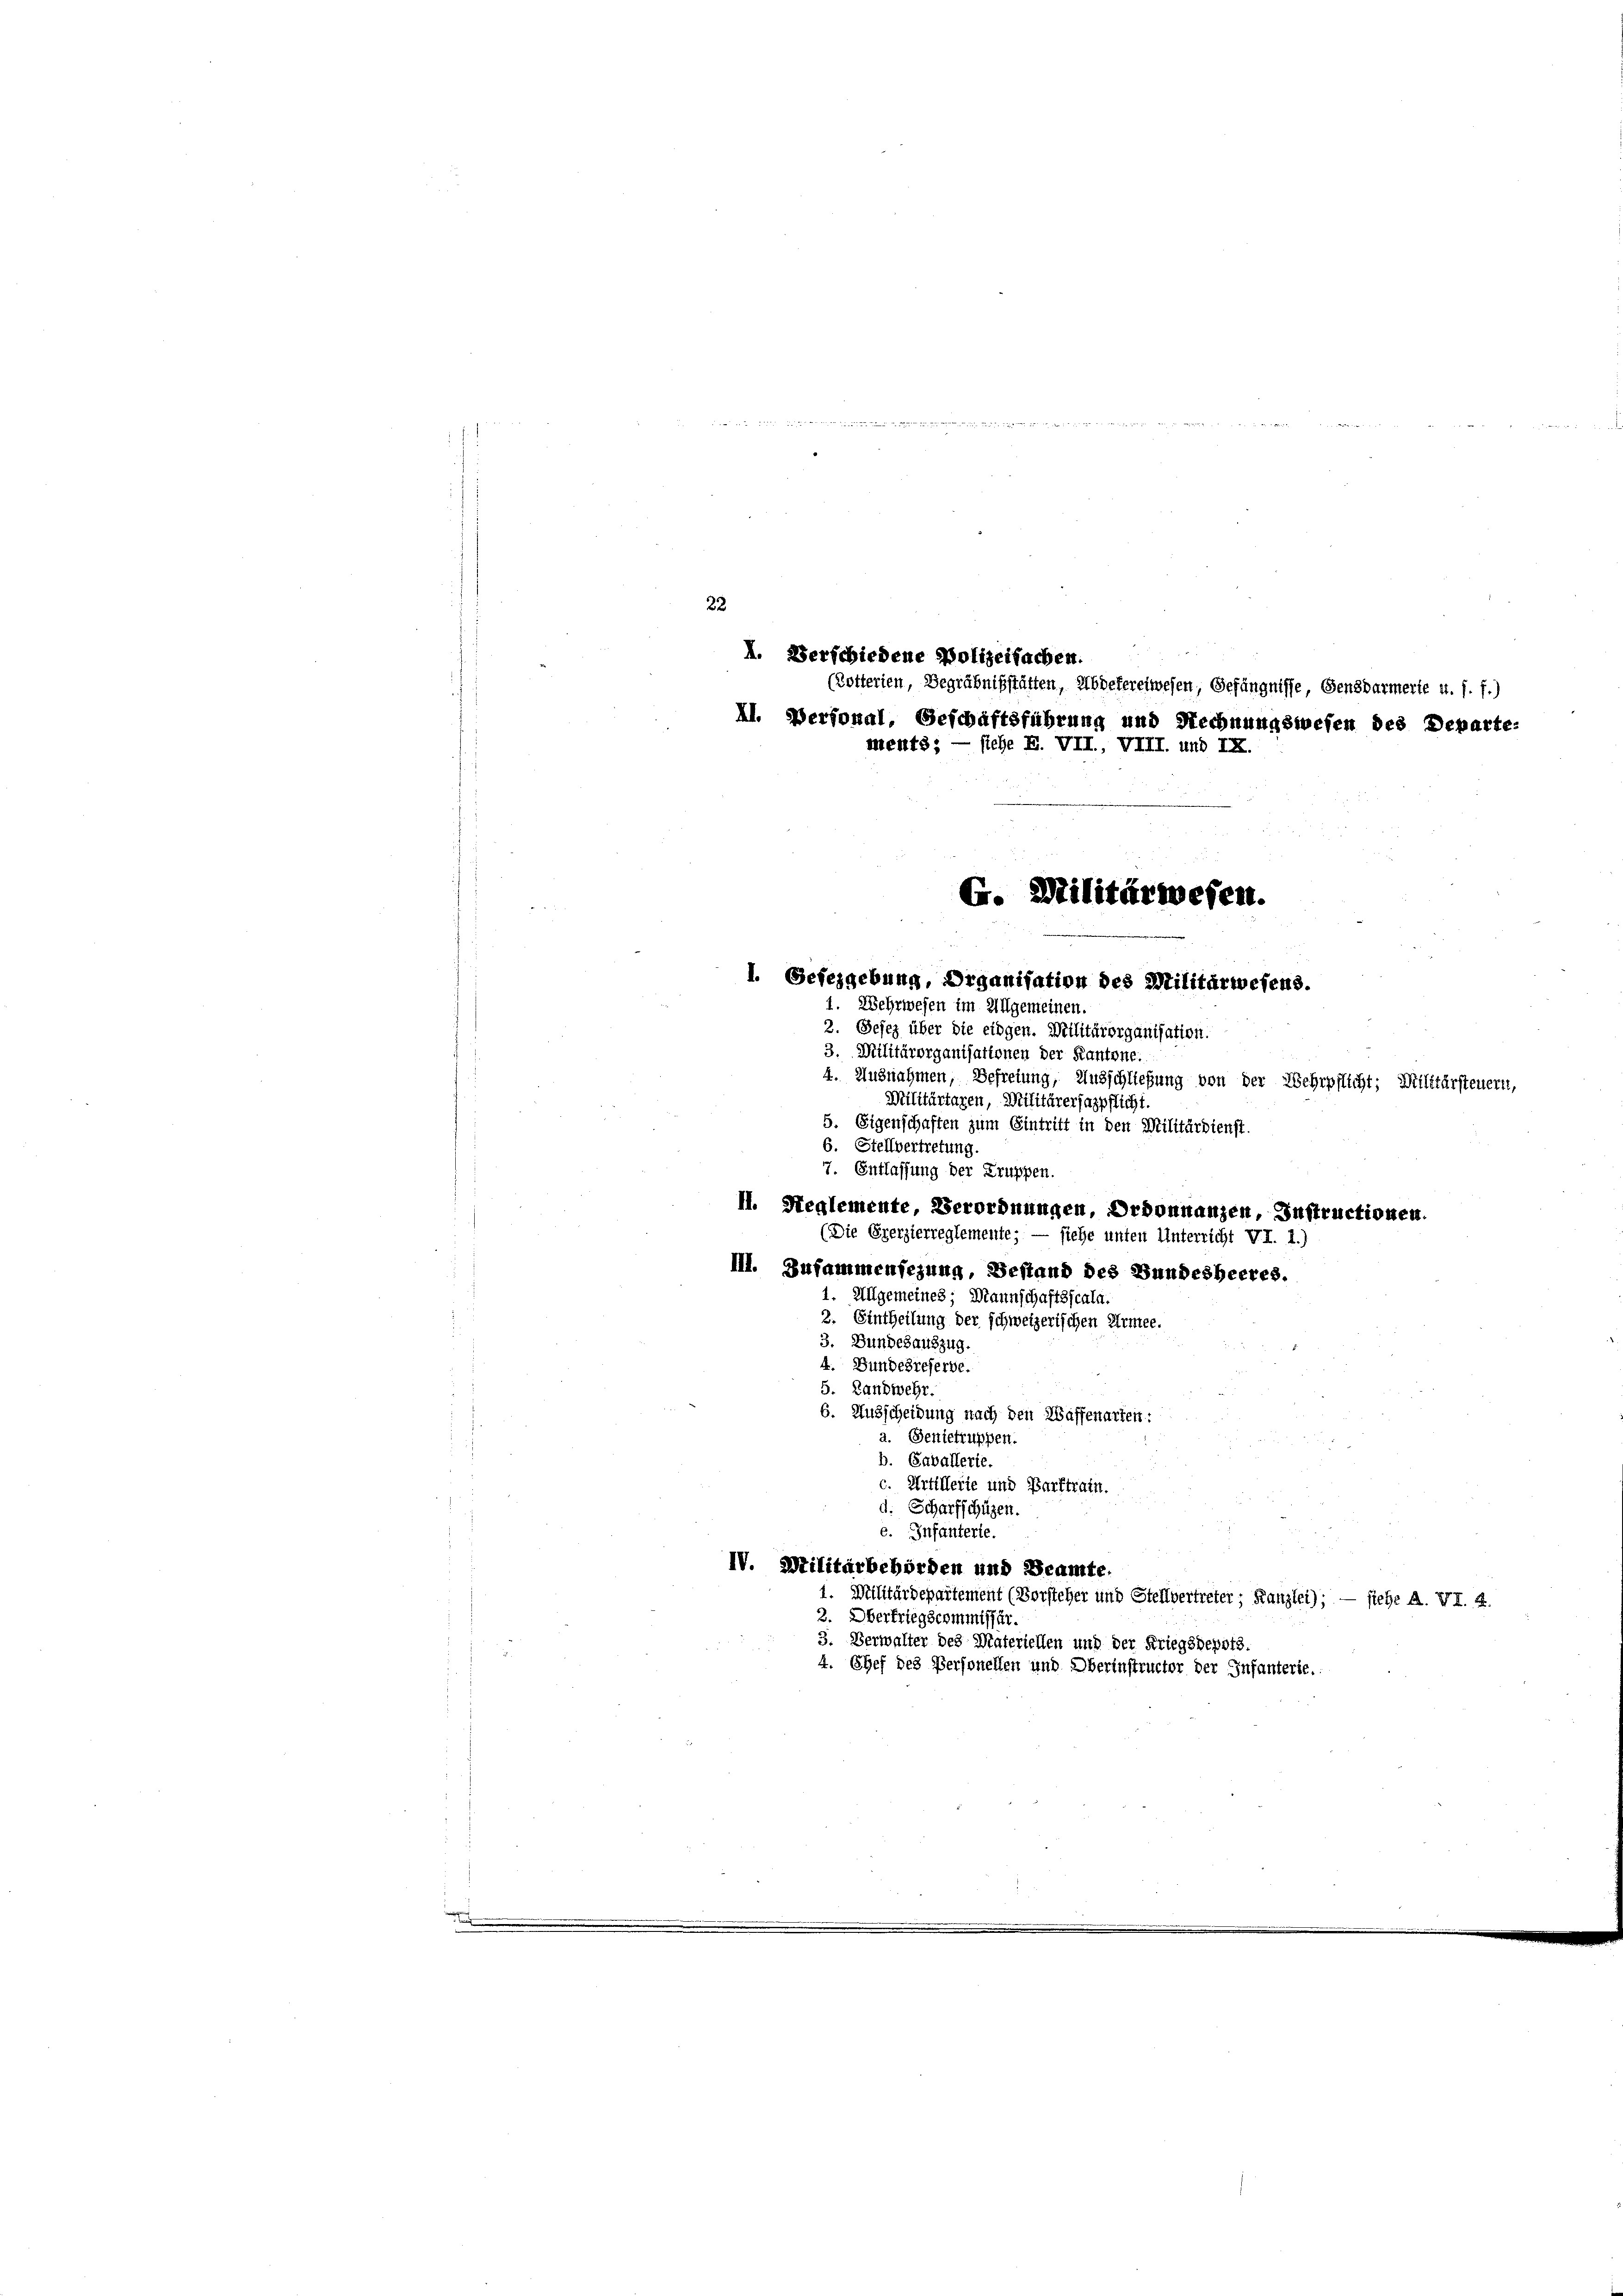
¬

22
I. Verschiedene Polizeisachen.
(Dotterien, Begräbnißstätten, Abdefereiwesen, Gefängnisse, Gensdarmerie u. s. f.)
II. Personal, Beschaftsführung und Rechnungswesen des Departe:
ments; — siehe E. VII., VIII. und IX.

G. Militärwesen.
1. Gefezgebung, Organisation des Militärwesens.
1. Wehrwesen im Allgemeinen.
2. Gesez über die eidgen. Militärorganisation.
3. Militärorganisationen der Kantone.
4. Ausnahmen, Befreiung, Ausschließung von der Wehrpflicht; Militärsteuern,

Wuilitärtagen, Militärerjazpflicht.
5. Eigenschaften zum Eintritt in den Militärdienst.
6. Stellvertretung.
7. Entlassung der Truppen.
II. Reglemente, Verordnungen, Ordonnanzen, Instructionen.
(Die Exerzierreglemente; — siehe unten Unterricht VI. 1.)
III. Zusammensezung, Bestand des Bundesheeres.
1. Allgemeines; Mannschaftsscala.
2. Eintheilung der schweizerischen Armee.
3. Bundesauszug.
4. Bundesreferbe.
5. Landwehr.
6. Ausscheidung nach den Waffenarten:
a. Genietruppen.
b. Cavallerie.
c. Artillerie und Parktrain.
d. Scharfschüzen.
e. Infanterie.
IV. Militarbehörden und Beamte.
Militärdepartement (Vorsteher und Stellvertreter, Kanzlei); — siehe A. VI. 2.
2. Oberfriegscommissar.
3. Verwalter des Materiellen und der Kriegsdepots.
4. Chef des Personellen und Oberinstructor der Infanterie.